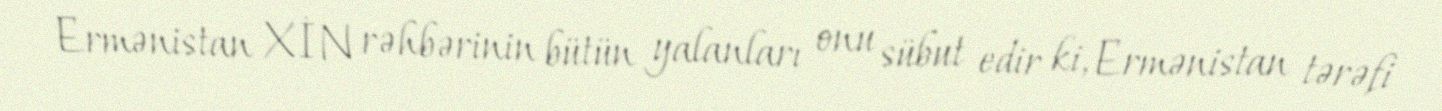
Ermənistan XİN rəhbərinin bütün yalanları onu sübut edir ki, Ermənistan tərəfi